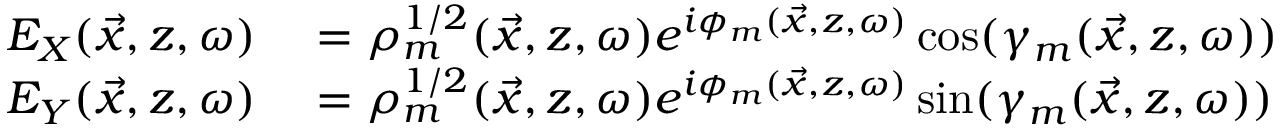
\begin{array} { r l } { E _ { X } ( \vec { x } , z , \omega ) } & { { } = \rho _ { m } ^ { 1 / 2 } ( \vec { x } , z , \omega ) e ^ { i \phi _ { m } ( \vec { x } , z , \omega ) } \cos ( \gamma _ { m } ( \vec { x } , z , \omega ) ) } \\ { E _ { Y } ( \vec { x } , z , \omega ) } & { { } = \rho _ { m } ^ { 1 / 2 } ( \vec { x } , z , \omega ) e ^ { i \phi _ { m } ( \vec { x } , z , \omega ) } \sin ( \gamma _ { m } ( \vec { x } , z , \omega ) ) } \end{array}